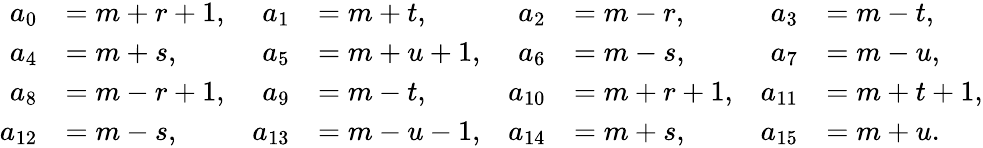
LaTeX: \begin{array}{rlrlrlrl}{a_{0}}&{=m+r+1,}&{a_{1}}&{=m+t,}&{a_{2}}&{=m-r,}&{a_{3}}&{=m-t,}\\ {a_{4}}&{=m+s,}&{a_{5}}&{=m+u+1,}&{a_{6}}&{=m-s,}&{a_{7}}&{=m-u,}\\ {a_{8}}&{=m-r+1,}&{a_{9}}&{=m-t,}&{a_{10}}&{=m+r+1,}&{a_{11}}&{=m+t+1,}\\ {a_{12}}&{=m-s,}&{a_{13}}&{=m-u-1,}&{a_{14}}&{=m+s,}&{a_{15}}&{=m+u.}\end{array}